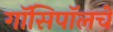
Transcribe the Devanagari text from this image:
गॉसिपॉलचे